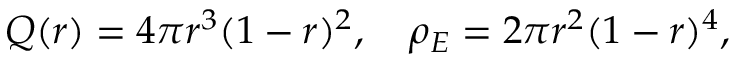
\begin{array} { r } { Q ( r ) = 4 \pi r ^ { 3 } ( 1 - r ) ^ { 2 } , \quad \rho _ { E } = 2 \pi r ^ { 2 } ( 1 - r ) ^ { 4 } , } \end{array}